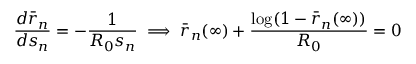
\frac { d \bar { r } _ { n } } { d s _ { n } } = - \frac { 1 } { R _ { 0 } s _ { n } } \implies \bar { r } _ { n } ( \infty ) + \frac { \log ( 1 - \bar { r } _ { n } ( \infty ) ) } { R _ { 0 } } = 0